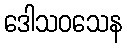
ဒေါသဝသေန